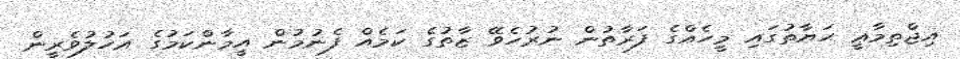
އިޖްތިމާޢީ ޙަޔާތުގައި މީހެއްގެ ފަރާތުން ނުރުހެވޭ ޒާތުގެ ކަމެއް ފެނުމުން އީމާންކަމުގެ އަހުލުވެރީން